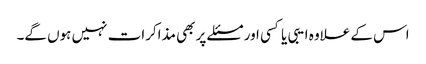
اس کے علاوہ ایبی یا کسی اور مسئلے پر بھی مذاکرات نہیں ہوں گے۔